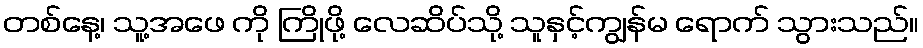
တစ်နေ့၊ သူ့အဖေ ကို ကြိုဖို့ လေဆိပ်သို့ သူနှင့်ကျွန်မ ရောက် သွားသည်။